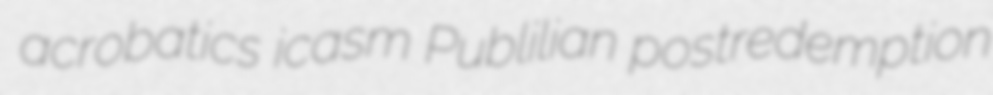
acrobatics icasm Publilian postredemption